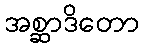
အစ္ဆာဒိတော